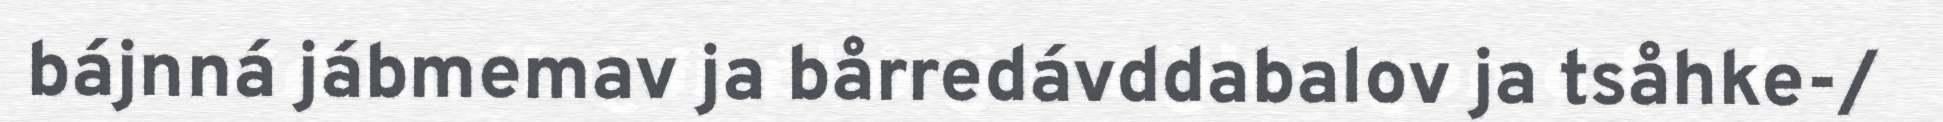
bájnná jábmemav ja bårredávddabalov ja tsåhke-/